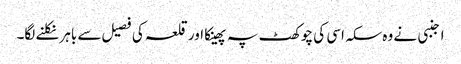
اجنبی نے وہ سکہ اسی کی چوکھٹ پہ پھینکا اور قلعہ کی فصیل سے باہر نکلنے لگا۔